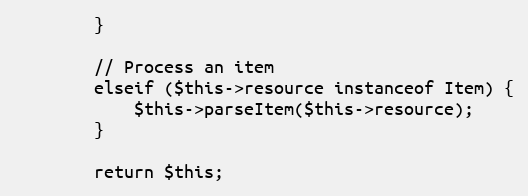
Language: PHP
        }

        // Process an item
        elseif ($this->resource instanceof Item) {
            $this->parseItem($this->resource);
        }

        return $this;